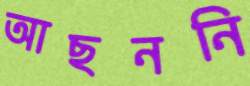
আছননি